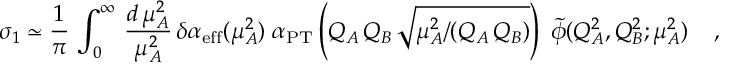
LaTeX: \sigma _ { 1 } \simeq { \frac { 1 } { \pi } } \, \int _ { 0 } ^ { \infty } \, { \frac { d \, \mu _ { A } ^ { 2 } } { \mu _ { A } ^ { 2 } } } \, \delta \alpha _ { \mathrm { { e f f } } } ( \mu _ { A } ^ { 2 } ) \; \alpha _ { \mathrm { { P T } } } \left( Q _ { A } \, Q _ { B } \, \sqrt { \mu _ { A } ^ { 2 } / ( Q _ { A } \, Q _ { B } ) } \right) \; { \widetilde \phi } ( Q _ { A } ^ { 2 } , Q _ { B } ^ { 2 } ; \mu _ { A } ^ { 2 } ) \; \; \; \; ,